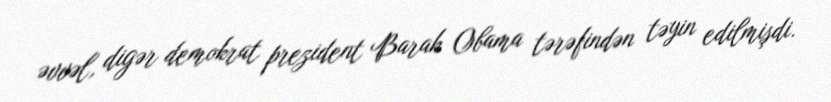
əvvəl, digər demokrat prezident Barak Obama tərəfindən təyin edilmişdi.